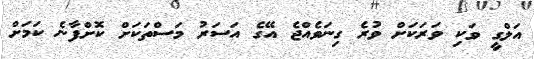
އަލްގީ ވަކި ވަރަކަށް ވުރެ ގިނަވެއްޖެ އޭގެ އަސަރު މަސްތަކަށް ކޮށްފާނެ ކަމަށް